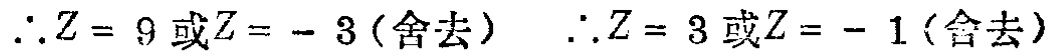
\(\therefore Z = 9或Z = - 3(舍去)\ \ \therefore Z = 3或Z = - 1(舍去)\)